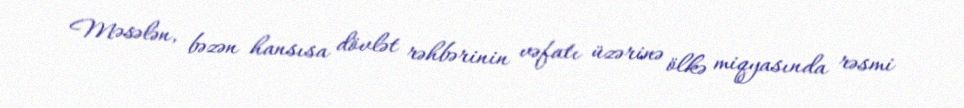
Məsələn, bəzən hansısa dövlət rəhbərinin vəfatı üzərinə ölkə miqyasında rəsmi